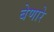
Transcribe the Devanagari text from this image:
बेणारे